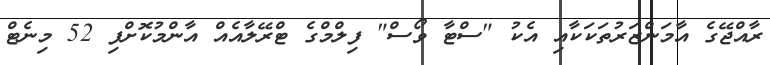
ރާއްޖޭގެ އާމަންޒަރުތަކަކާއި އެކު "ސްޓާ ވޯސް" ފިލްމްގެ ޓްރޭލާއެއް އާންމުކޮށްފި 52 މިނެޓް